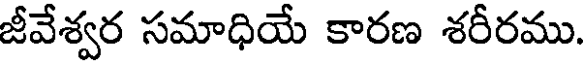
జీవేశ్వర సమాధియే కారణ శరీరము.